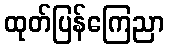
ထုတ်ပြန်ကြေညာ